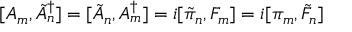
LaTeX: [ A _ { m } , \tilde { A } _ { n } ^ { \dagger } ] = [ \tilde { A } _ { n } , A _ { m } ^ { \dagger } ] = i [ \tilde { \pi } _ { n } , F _ { m } ] = i [ \pi _ { m } , \tilde { F } _ { n } ]